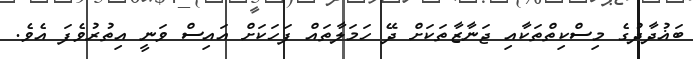
ބަޣުދާދުގެ މިސްކިތްތަކާއި ޖަނާޒާތަކަށް ދޭ ހަމަލާތައް ފަހަކަށް އައިސް ވަނީ އިތުރުވެފަ އެވެ.